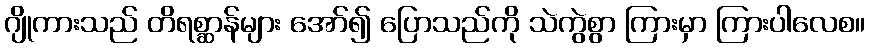
ဂျိုကားသည် တိရစ္ဆာန်များ အော်၍ ပြောသည်ကို သဲကွဲစွာ ကြားမှာ ကြားပါလေစ။